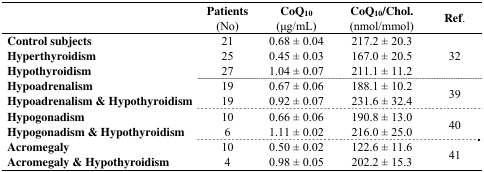
<table><thead><tr><td></td><td><b>Patients (No)</b></td><td><b>CoQ<sub>10</sub> (μg/mL)</b></td><td><b>CoQ<sub>10</sub>/Chol. (nmol/mmol)</b></td><td><b>Ref.</b></td></tr></thead><tbody><tr><td><b>Control subjects</b></td><td>21</td><td>0.68 ± 0.04</td><td>217.2 ± 20.3</td><td rowspan="3">32</td></tr><tr><td><b>Hyperthyroidism</b></td><td>25</td><td>0.45 ± 0.03</td><td>167.0 ± 20.5</td></tr><tr><td><b>Hypothyroidism</b></td><td>27</td><td>1.04 ± 0.07</td><td>211.1 ± 11.2</td></tr><tr><td><b>Hypoadrenalism</b></td><td>19</td><td>0.67 ± 0.06</td><td>188.1 ± 10.2</td><td rowspan="2">39</td></tr><tr><td><b>Hypoadrenalism &amp; Hypothyroidism</b></td><td>19</td><td>0.92 ± 0.07</td><td>231.6 ± 32.4</td></tr><tr><td><b>Hypogonadism</b></td><td>10</td><td>0.66 ± 0.06</td><td>190.8 ± 13.0</td><td rowspan="2">40</td></tr><tr><td><b>Hypogonadism &amp; Hypothyroidism</b></td><td>6</td><td>1.11 ± 0.02</td><td>216.0 ± 25.0</td></tr><tr><td><b>Acromegaly</b></td><td>10</td><td>0.50 ± 0.02</td><td>122.6 ± 11.6</td><td rowspan="2">41</td></tr><tr><td><b>Acromegaly &amp; Hypothyroidism</b></td><td>4</td><td>0.98 ± 0.05</td><td>202.2 ± 15.3</td></tr></tbody></table>